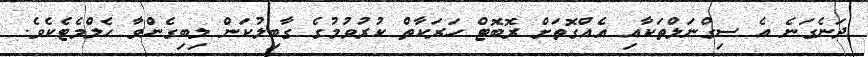
ދަނެގަނެ އެ ސިގްނަލްތަކާއި އެއްގޮތަށް ރޮބޮޓް ހަރަކާތް ކުރުވުމުގެ ގާބިލުކަން ލިބިގެންވާ ހެލްމެޓެކެވެ.